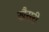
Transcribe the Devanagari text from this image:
खैसरी